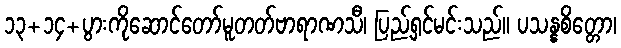
၁၃+၁၄+ပွားကိုဆောင်တော်မူတတ်ဗာရာဏသီ၊ ပြည့်ရှင်မင်းသည်။ ပသန္နစိတ္တော၊